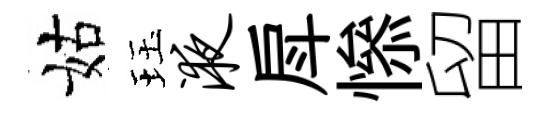
姑珏液戽𢡖留